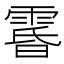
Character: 𮦘